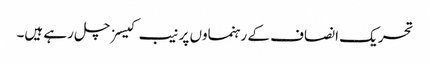
تحریک انصاف کے رہنماوں پر نیب کیسز چل رہے ہیں۔